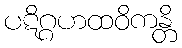
ပဋိဂ္ဂဟထဝိကန္တိ